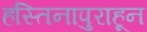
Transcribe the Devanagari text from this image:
हस्तिनापुराहून